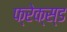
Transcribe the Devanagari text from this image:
फ्रेक्स्ड